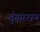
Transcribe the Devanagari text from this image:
तुंगारराय